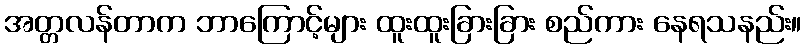
အတ္တလန်တာက ဘာကြောင့်များ ထူးထူးခြားခြား စည်ကား နေရသနည်း။